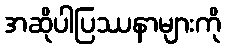
အဆိုပါပြဿနာများကို